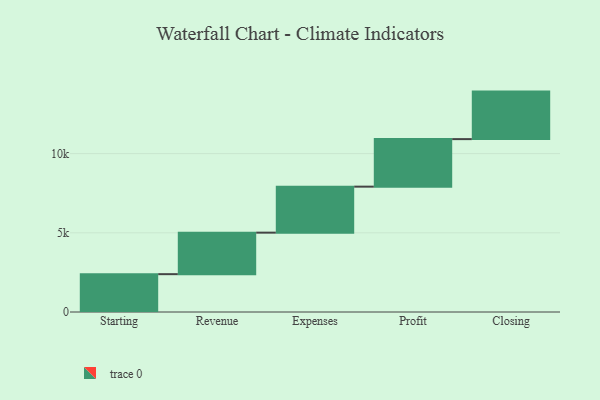
{"axis": {"x": "Step", "y": "Value"}, "legend": [""], "data": [{"x": "Starting", "y": 2389.0, "type": ""}, {"x": "Revenue", "y": 2620.0, "type": ""}, {"x": "Expenses", "y": 2904.0, "type": ""}, {"x": "Profit", "y": 3000, "type": ""}, {"x": "Closing", "y": 3000, "type": ""}]}